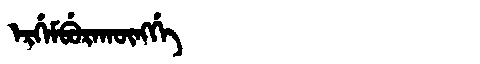
Manchu: ᡝᡵᡤᡝᠮᠪᡠᡵᠠᡴᡡᠩᡤᡝ
Romanization: ERGEMBURAKŪNGGE